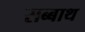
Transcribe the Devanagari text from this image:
सब्‍बाथ